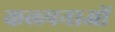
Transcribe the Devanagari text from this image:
कल्‍पनाओं